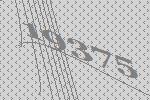
19375